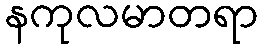
နကုလမာတရာ